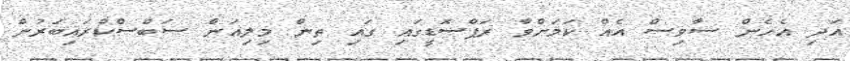
އަދި އެހެން ސާވިސް އެއް ކަމަށްވާ ރަޕްސޮޑީގައި ގައި ތިން މިލިއަން ސަބްސްކްރައިބަރުން